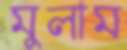
মুলাম